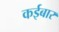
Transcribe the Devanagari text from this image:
कईबार